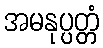
အမနုပ္ပတ္တံ